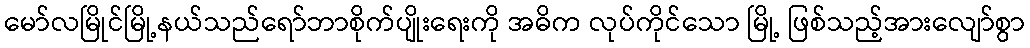
မော်လမြိုင်မြို့နယ်သည်ရော်ဘာစိုက်ပျိုးရေးကို အဓိက လုပ်ကိုင်သော မြို့ ဖြစ်သည့်အားလျော်စွာ